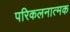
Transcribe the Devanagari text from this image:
परिकलनात्मक